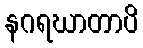
နဂရဃာတာပိ